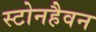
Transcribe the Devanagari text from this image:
स्टोनहैवन